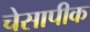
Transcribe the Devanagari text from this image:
चेसापीक